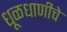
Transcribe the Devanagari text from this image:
धूळधाणीचे